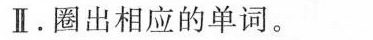
Ⅱ.圈出相应的单词.